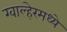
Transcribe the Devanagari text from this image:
ग्वाल्हेरमध्ये